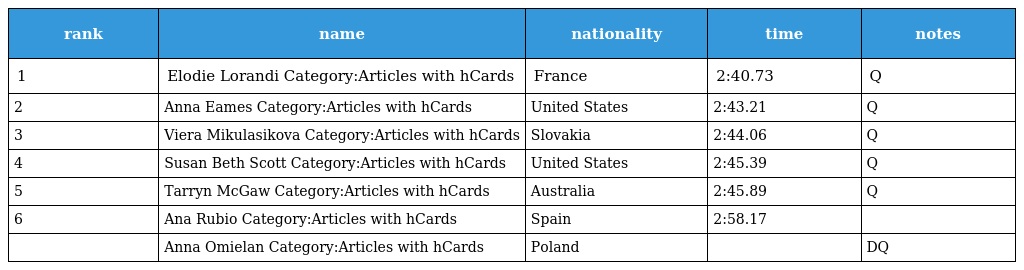
| rank | name | nationality | time | notes |
 | --- | --- | --- | --- | --- |
 | 1 | Elodie Lorandi Category:Articles with hCards | France | 2:40.73 | Q |
 | 2 | Anna Eames Category:Articles with hCards | United States | 2:43.21 | Q |
 | 3 | Viera Mikulasikova Category:Articles with hCards | Slovakia | 2:44.06 | Q |
 | 4 | Susan Beth Scott Category:Articles with hCards | United States | 2:45.39 | Q |
 | 5 | Tarryn McGaw Category:Articles with hCards | Australia | 2:45.89 | Q |
 | 6 | Ana Rubio Category:Articles with hCards | Spain | 2:58.17 |  |
 |  | Anna Omielan Category:Articles with hCards | Poland |  | DQ |